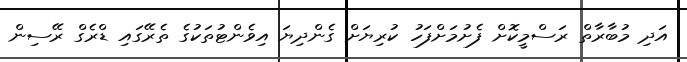
އަދި މުބާރާތް ރަސްމީކޮށް ފެށުމަށްފަހު ކުރިޔަށް ގެންދިޔަ އިވެންޓުތަކުގެ ތެރޭގައި ޑްރެގް ރޭސިން